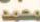
محمد